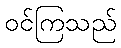
ဝင်ကြသည်